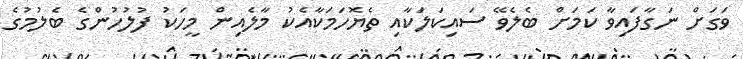
ވަގަށް ނަގާފައިވާ ކަމަށް ބެލެވޭ ސައިކަލަކާއި ތެޔޮހަމަކާއެކު މާލެއިން މީހަކު ފުލުހުންގެ ބެލުމުގެ